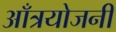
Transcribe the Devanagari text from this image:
आँत्रयोजनी